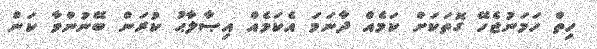
ހިތް ހަމަނުޖެހޭ ގޮތަކަށް ކަމެއް ދާނަމަ އެކަމެއް އިޞާލާޙު ކުރަން ބޭނުންވާ ކަން